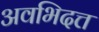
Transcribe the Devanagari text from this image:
अवभिदत्त